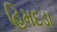
હિમદડા